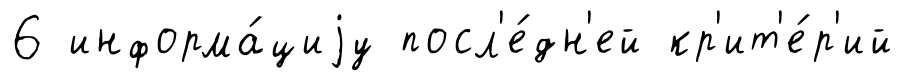
6 информа́циjу посл'е́дн'ей кр'ит'е́р'ий